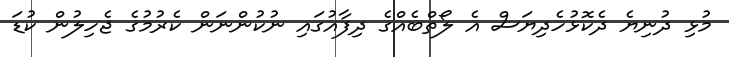
މުޅި ދުނިޔެ ދެކޮޅުހެދިޔަސް އެ ލޯތްބެއްގެ ދިފާއުގައި ނުކުންނަން ކެރުމުގެ ޖެހިލުން ކުޑަ